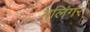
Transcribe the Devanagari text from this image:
मलिंगर